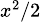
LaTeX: \scriptstyle x^{2}/2